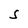
Character: S